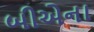
બીએના